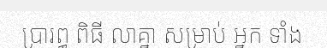
ប្រារព្ធ ពិធី លាគ្នា សម្រាប់ អ្នក ទាំង